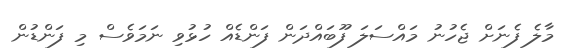
މާލެ ފެނަށް ޖެހުނު މައްސަލަ ފޫބައްދަން ފަންޑެއް ހުޅުވި ނަމަވެސް މި ފަންޑުން